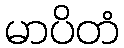
မာပိတံ